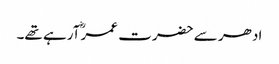
ادھر سے حضرت عمرؓ آرہے تھے۔